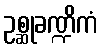
ဥစ္ဆုခဏ္ဍိကံ